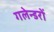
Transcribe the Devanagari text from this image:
गलेन्डरों